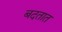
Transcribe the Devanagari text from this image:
बदतात